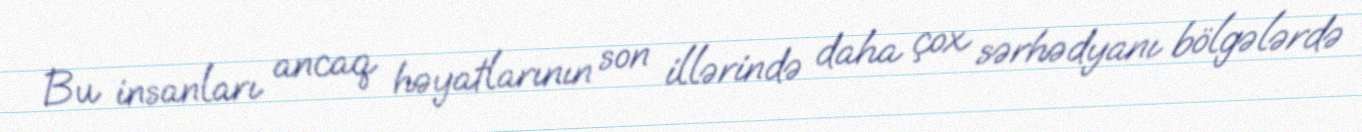
Bu insanları ancaq həyatlarının son illərində daha çox sərhədyanı bölgələrdə